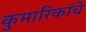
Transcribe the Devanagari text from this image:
कुमारिकांचे